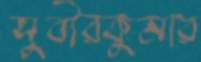
সুবীরকুমার